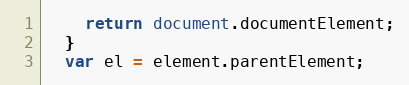
Language: JavaScript
    return document.documentElement;
  }
  var el = element.parentElement;